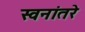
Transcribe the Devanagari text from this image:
स्वनांतरे